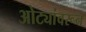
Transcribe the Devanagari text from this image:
ओट्यांवरून